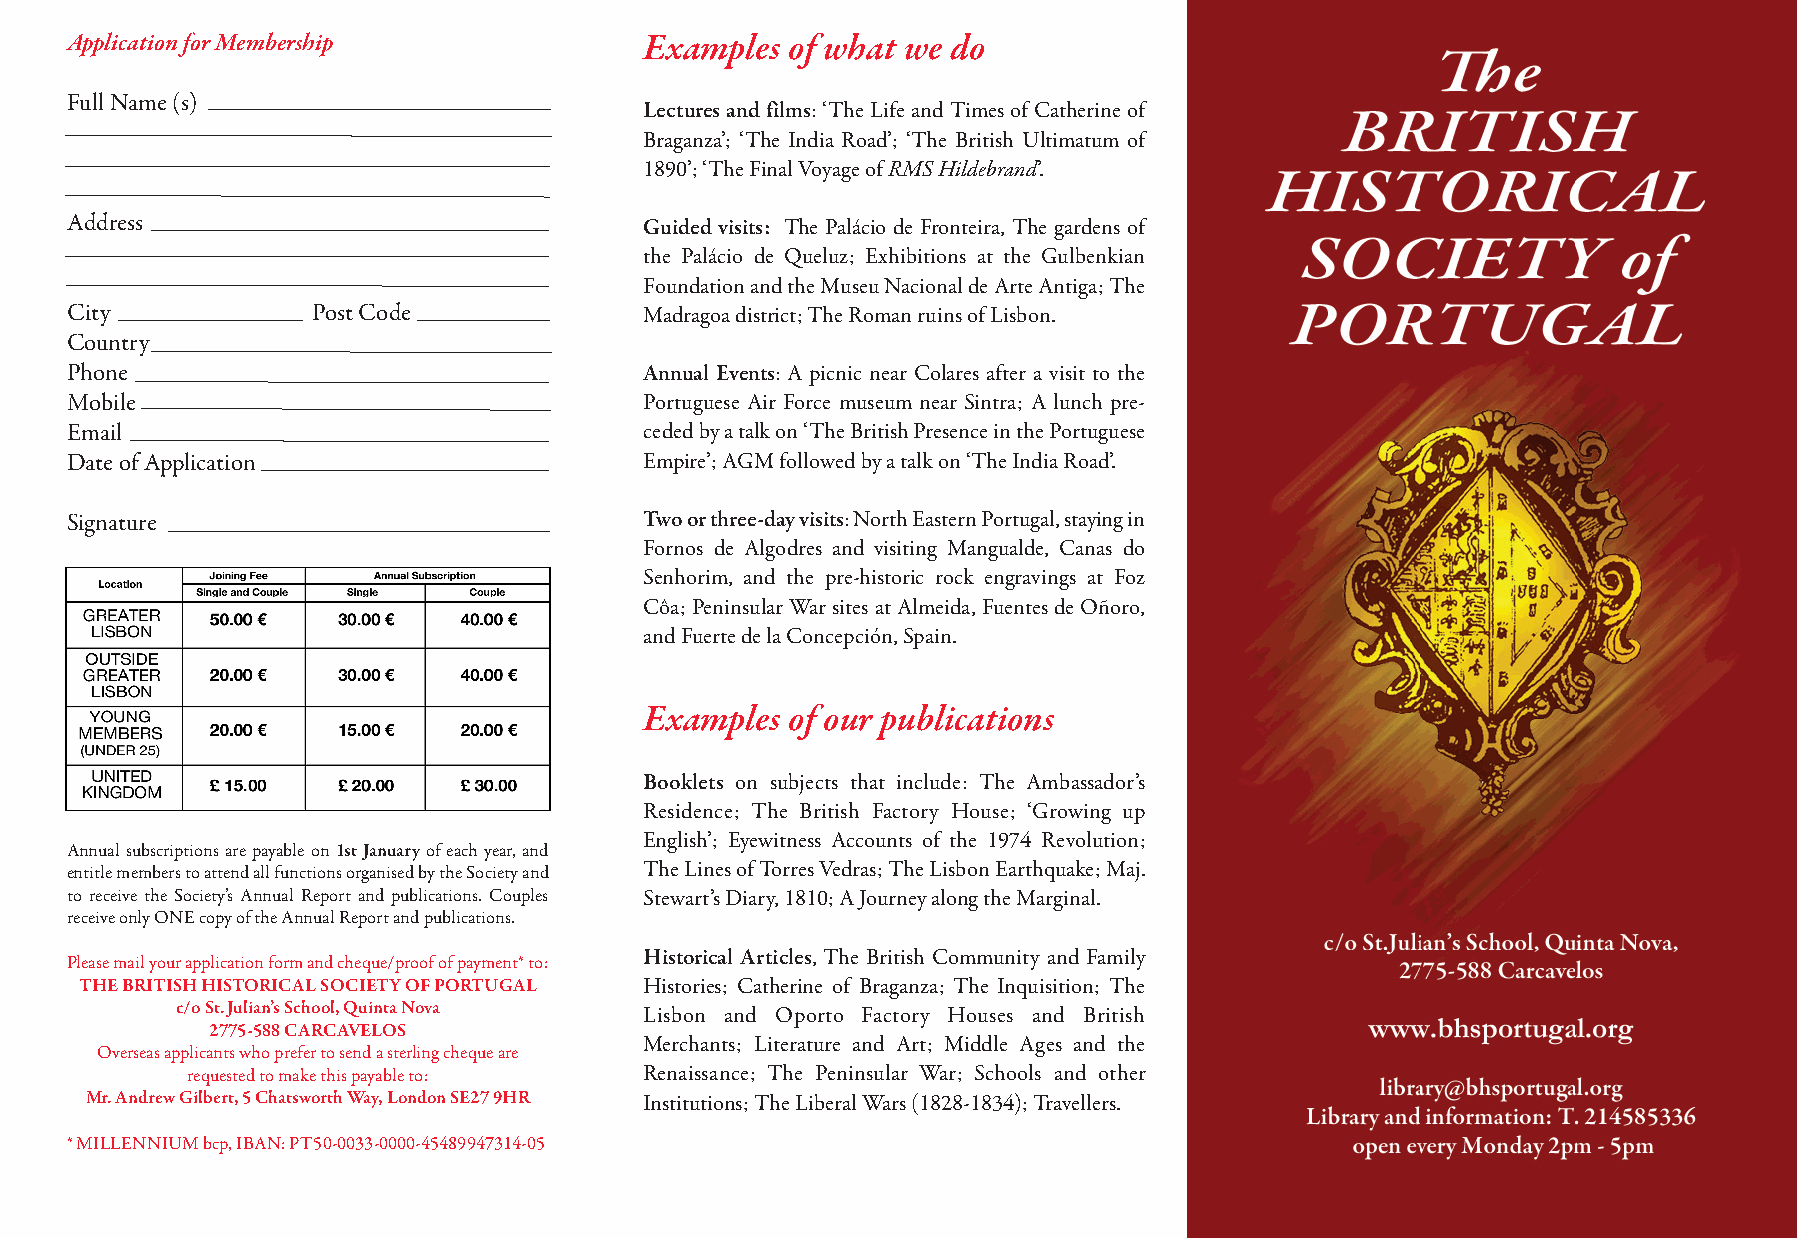
Front_Pages 1/5/6 (red set) 12/27/16 12:30 PM Page 1
 Application for Membership            Examples  of what we do
 Full Name (s)
 Lectures and films: ‘The Life and Times of Catherine of
 Braganza’; ‘The India Road’; ‘The British Ultimatum of
 1890’; ‘The Final Voyage of RMS Hildebrand’.
 Address                               Guided visits: The Palácio de Fronteira, The gardens of
 the Palácio de Queluz; Exhibitions at the Gulbenkian
 Foundation and the Museu Nacional de Arte Antiga; The
 City            Post Code             Madragoa district; The Roman ruins of Lisbon.
 Country
 Phone                                 Annual Events: A picnic near Colares after a visit to the
 Mobile                                Portuguese Air Force museum near Sintra; A lunch pre-
 Email                                 ceded by a talk on ‘The British Presence in the Portuguese
 Date of Application                   Empire’; AGM followed by a talk on ‘The India Road’.
 Signature                             Two or three-day visits: North Eastern Portugal, staying in
 Fornos de Algodres and visiting Mangualde, Canas do
 Senhorim, and the pre-historic rock engravings at Foz
 Côa; Peninsular War sites at Almeida, Fuentes de Oñoro,
 and Fuerte de la Concepción, Spain.
 Examples  of our publications
 Booklets on subjects that include: The Ambassador’s
 Residence; The British Factory House; ‘Growing up
 English’; Eyewitness Accounts of the 1974 Revolution;
 Annual subscriptions are payable on 1st Januaryof each year, and
 entitle members to attend all functions organised by the Society and The Lines of Torres Vedras; The Lisbon Earthquake; Maj.
 to receive the Society’s Annual Report and publications. Couples Stewart’s Diary, 1810; A Journey along the Marginal.
 receive only ONE copy of the Annual Report and publications.
 Historical Articles, The British Community and Family
 Please mail your application form and cheque/proof of payment* to:
 THE BRITISH HISTORICAL SOCIETY OF PORTUGAL Histories; Catherine of Braganza; The Inquisition; The
 c/o St. Julian’s School, Quinta Nova Lisbon and Oporto Factory Houses and British
 2775-588 CARCAVELOS
 Merchants; Literature and Art; Middle Ages and the
 Overseas applicants who prefer to send a sterling cheque are
 requested to make this payable to: Renaissance; The Peninsular War; Schools and other
 Mr. Andrew Gilbert, 5 Chatsworth Way, London SE27 9HR Institutions; The Liberal Wars (1828-1834); Travellers.
 * MILLENNIUM bcp, IBAN: PT50-0033-0000-45489947314-05